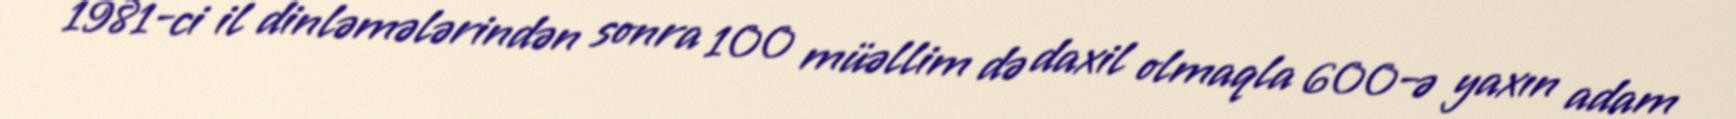
1981-ci il dinləmələrindən sonra 100 müəllim də daxil olmaqla 600-ə yaxın adam